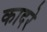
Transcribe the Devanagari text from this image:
कादरे